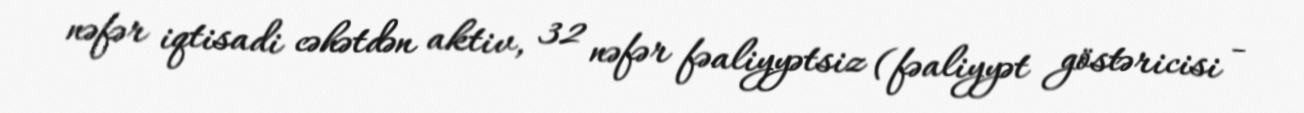
nəfər iqtisadi cəhətdən aktiv, 32 nəfər fəaliyyətsiz (fəaliyyət göstəricisi -